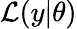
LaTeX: \mathcal{L}(y|\theta)